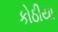
કોઠીયા